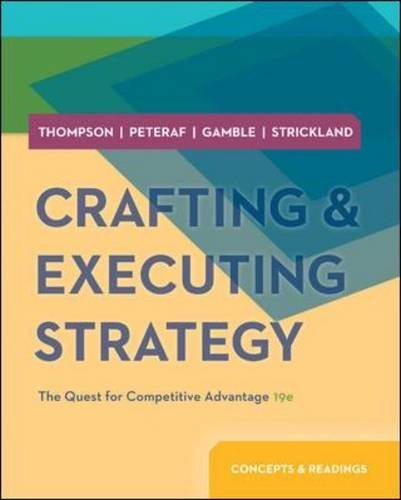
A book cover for Crafting and Executing Strategy: Concepts and Readings; Arthur Thompson; Business & Money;